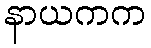
နာယကက